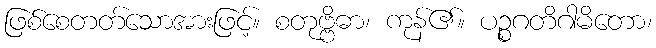
ဖြစ်စေတတ်သောအားဖြင့်။ စတုဗ္ဗိဓာ၊ ကုန်၏။ ပဉ္စဂတိဂါမိတော၊